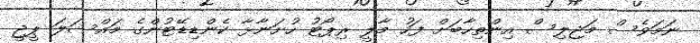
ނަމަވެސް މަޖިލިސް އިންތިހާބަށް ފަހު މާލީ ރިޕޯޓު ހުށަނާޅާ ކެންޑިޑޭޓުންގެ މައްސަލަ ޕީޖީ